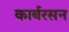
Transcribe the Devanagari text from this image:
कार्बरसन